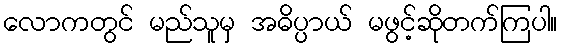
လောကတွင် မည်သူမှ အဓိပ္ပာယ် မဖွင့်ဆိုတက်ကြပါ။